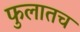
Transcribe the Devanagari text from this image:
फुलातच